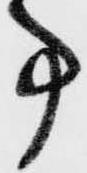
事